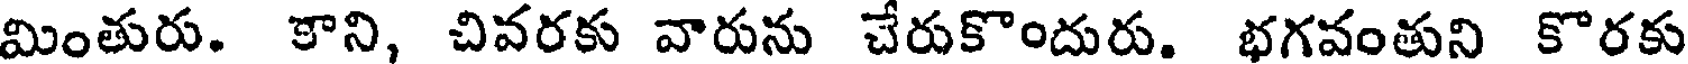
మింతురు. కాని, చివరకు వారును చేరుకొందురు. భగవంతుని కొరకు